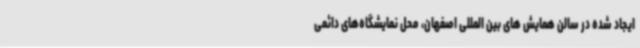
ایجاد شده در سالن همایش های بین المللی اصفهان، محل نمایشگاه‌های دائمی